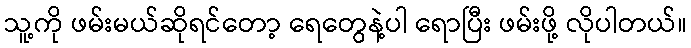
သူ့ကို ဖမ်းမယ်ဆိုရင်တော့ ရေတွေနဲ့ပါ ရောပြီး ဖမ်းဖို့ လိုပါတယ်။